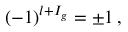
\begin{array} { r } { ( - 1 ) ^ { l + I _ { g } } = \pm 1 \, , } \end{array}